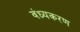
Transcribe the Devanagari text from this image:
वंध्यकरण